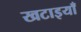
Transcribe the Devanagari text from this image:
खटाइयाँ